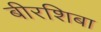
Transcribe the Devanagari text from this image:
बीरशिबा